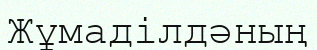
Жұмаділдәның